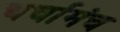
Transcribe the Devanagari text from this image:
चर्चामंच